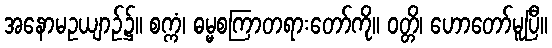
အနောမဥယျာဉ်၌။ စက္ကံ၊ ဓမ္မစကြာတရားတော်ကို။ ဝတ္တိ၊ ဟောတော်မူပြီ။